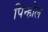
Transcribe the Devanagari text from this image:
पिन्होल